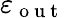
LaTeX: \varepsilon_{\mathrm{~o~u~t~}}